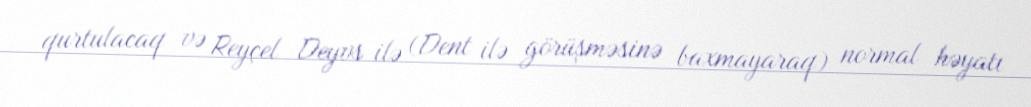
qurtulacaq və Reyçel Deyvs ilə (Dent ilə görüşməsinə baxmayaraq) normal həyatı